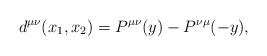
\begin{align*}d^{\mu\nu}(x_1,x_2)=P^{\mu\nu}(y)-P^{\nu\mu}(-y),\end{align*}